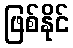
ဖြစ်နိုင်